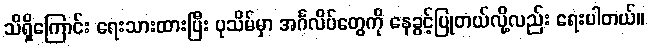
သိရှိကြောင်း ရေးသားထားပြီး ပုသိမ်မှာ အင်္ဂလိပ်တွေကို နေခွင့်ပြုတယ်လို့လည်း ရေးပါတယ်။